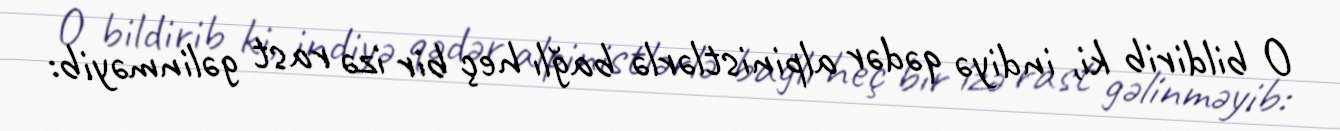
O bildirib ki, indiyə qədər alpinistlərlə bağlı heç bir izə rast gəlinməyib: